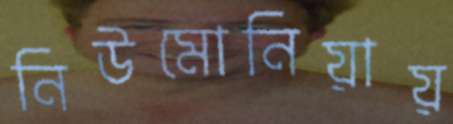
নিউমোনিয়ায়